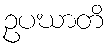
ဥပဃာတိ